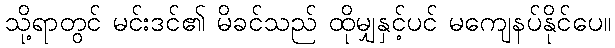
သို့ရာတွင် မင်းဒင်၏ မိခင်သည် ထိုမျှနှင့်ပင် မကျေနပ်နိုင်ပေ။